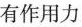
有作用力